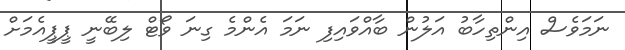
ނަމަވެސް އިންތިހާބު އަލުން ބާއްވައިފި ނަމަ އެންމެ ގިނަ ވޯޓް ލިބޭނީ ޕީޕީއެމަށް